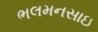
ભલમનસાઇ